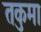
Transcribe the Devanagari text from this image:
तकुमा